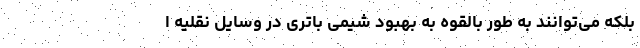
بلکه می‌توانند به طور بالقوه به بهبود شیمی باتری در وسایل نقلیه ا